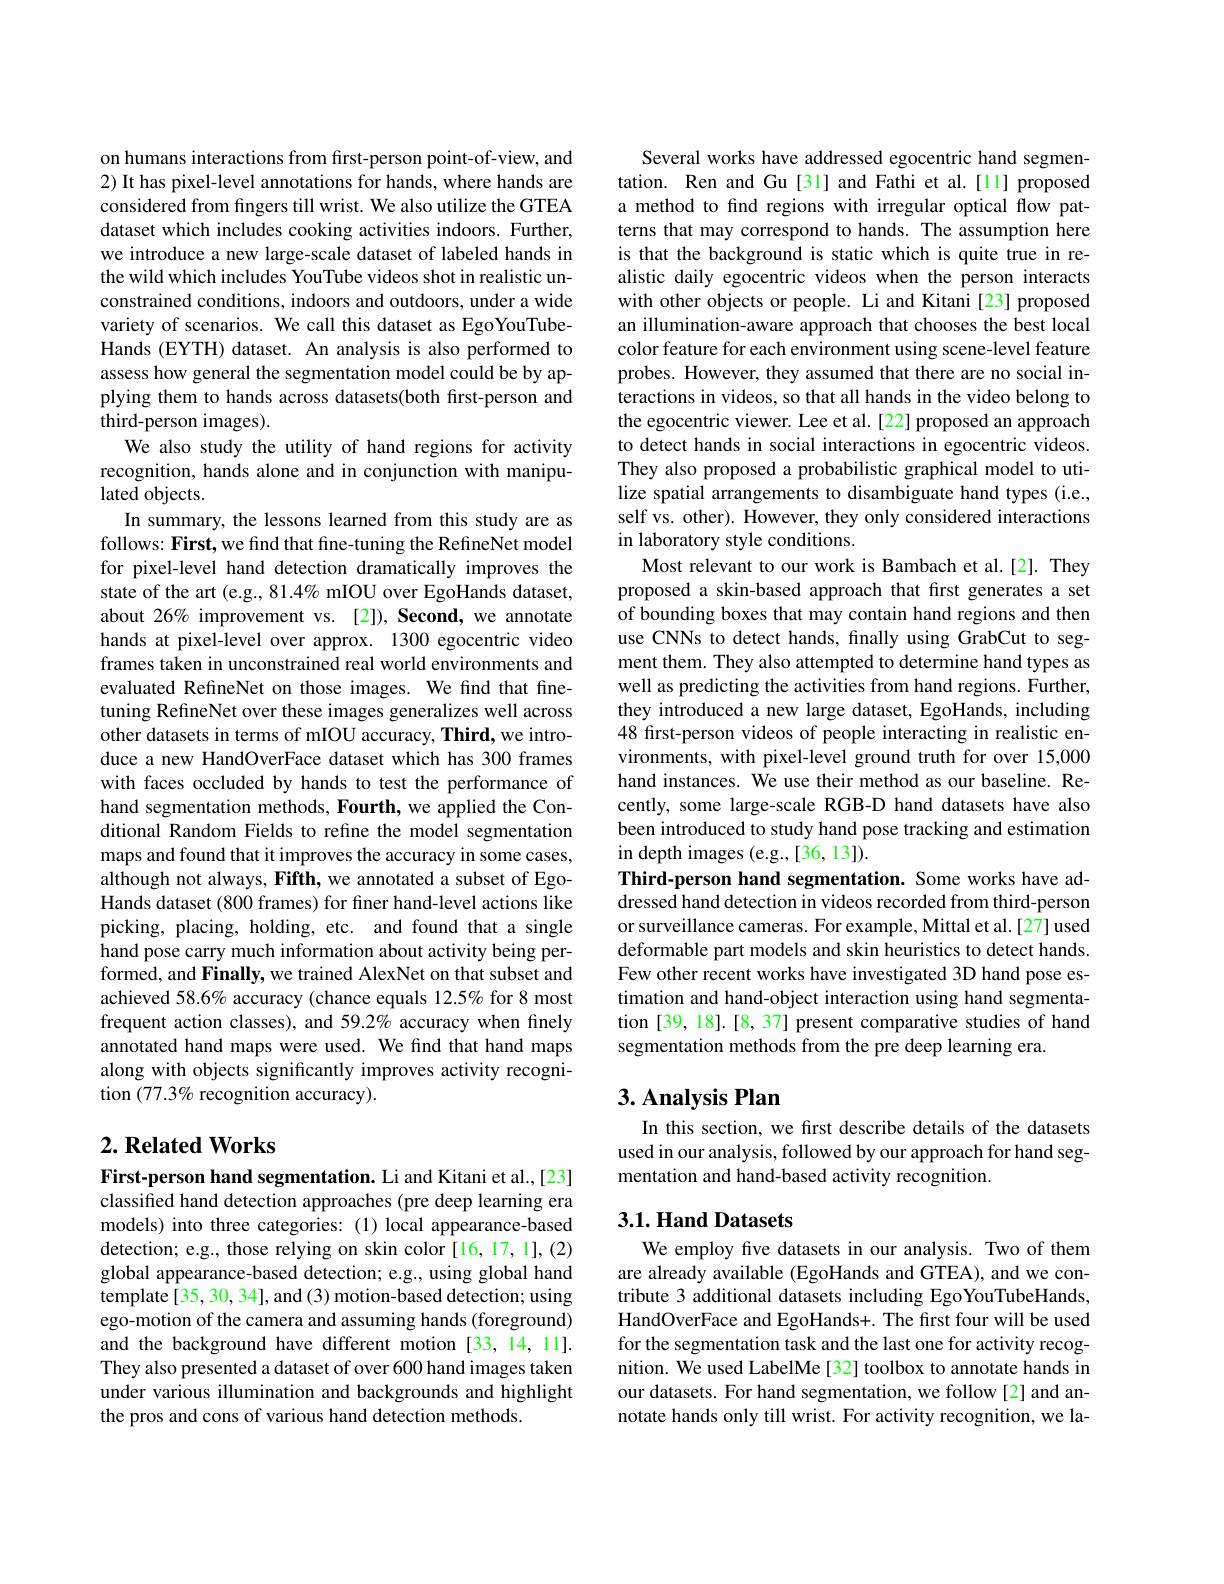
on humans interactions from first-person point-of-view, and 2) It has pixel-level annotations for hands, where hands are considered from fingers till wrist. We also utilize the GTEA dataset which includes cooking activities indoors. Further, we introduce a new large-scale dataset of labeled hands in the wild which includes YouTube videos shot in realistic unconstrained conditions, indoors and outdoors, under a wide variety of scenarios. We call this dataset as EgoYouTubeHands (EYTH) dataset. An analysis is also performed to assess how general the segmentation model could be by applying them to hands across datasets(both frst-person and third-person images).
We also study the utility of hand regions for activity recognition, hands alone and in conjunction with manipulated objects.
In summary, the lessons learned from this study are as follows: First, we find that fine-tuning the RefineNet model for pixel-level hand detection dramatically improves the state of the art (e.g., 81.4% mIOU over EgoHands dataset, about 26% improvement vs.[2]), Second, we annotate hands at pixel-level over approx. 1300 egocentric video frames taken in unconstrained real world environments and evaluated RefineNet on those images. We find that finetuning RefineNet over these images generalizes well across other datasets in terms of mIOU accuracy, Third, we introduce a new HandOverFace dataset which has 300 frames with faces occluded by hands to test the performance of hand segmentation methods, Fourth, we applied the Conditional Random Fields to refine the model segmentation maps and found that it improves the accuracy in some cases, although not always, Fifth, we annotated a subset of EgoHands dataset (800 frames) for finer hand-level actions like picking, placing, holding, etc. and found that a single hand pose carry much information about activity being performed, and Finally, we trained AlexNet on that subset and achieved 58.6% accuracy (chance equals 12.5% for 8 most frequent action classes), and 59.2% accuracy when finely annotated hand maps were used. We find that hand maps along with objects significantly improves activity recognition $(77.3\%$ recognition accuracy).

## $2. \textbf{Related Works}$

First-person hand segmentation. Li and Kitani et al.,[23] classified hand detection approaches (pre deep learning era models) into three categories:(1) local appearance-based detection; e.g., those relying on skin color [16,17,1],(2) global appearance-based detection; e.g., using global hand template[35, 30, 34], and(3) motion-based detection; using ego-motion of the camera and assuming hands (foreground) and the background have different motion [33,14,11]. They also presented a dataset of over 600 hand images taken under various illumination and backgrounds and highlight the pros and cons of various hand detection methods.

Several works have addressed egocentric hand segmentation. Ren and Gu[31] and Fathi et al.[11] proposed a method to find regions with irregular optical flow patterns that may correspond to hands. The assumption here is that the background is static which is quite true in realistic daily egocentric videos when the person interacts with other objects or people. Li and Kitani[23] proposed an illumination-aware approach that chooses the best local color feature for each environment using scene-level feature probes. However, they assumed that there are no social interactions in videos, so that all hands in the video belong to the egocentric viewer. Lee et al.[22] proposed an approach to detect hands in social interactions in egocentric videos. They also proposed a probabilistic graphical model to utilize spatial arrangements to disambiguate hand types (i.e., self vs. other). However, they only considered interactions in laboratory style conditions.
Most relevant to our work is Bambach et al.[2]. They proposed a skin-based approach that first generates a set of bounding boxes that may contain hand regions and then use CNNs to detect hands, finally using GrabCut to segment them. They also attempted to determine hand types as well as predicting the activities from hand regions. Further, they introduced a new large dataset, EgoHands, including 48 first-person videos of people interacting in realistic environments, with pixel-level ground truth for over 15,000 hand instances. We use their method as our baseline. Recently, some large-scale RGB-D hand datasets have also been introduced to study hand pose tracking and estimation in depth images (e.g.,[36,13]).
Third-person hand segmentation. Some works have addressed hand detection in videos recorded from third-person or surveillance cameras. For example, Mittal et al.[27] used deformable part models and skin heuristics to detect hands. Few other recent works have investigated 3D hand pose estimation and hand-object interaction using hand segmentation [39, 18].[8, 37] present comparative studies of hand segmentation methods from the pre deep learning era.

## $3. \textbf{ Analysis Plan}$

In this section, we first describe details of the datasets used in our analysis, followed by our approach for hand segmentation and hand-based activity recognition.

## 3.1. Hand Datasets

We employ five datasets in our analysis. Two of them are already available (EgoHands and GTEA), and we contribute 3 additional datasets including EgoYouTubeHands, HandOverFace and EgoHands+. The first four will be used for the segmentation task and the last one for activity recognition. We used LabelMe [32] toolbox to annotate hands in our datasets. For hand segmentation, we follow[2] and annotate hands only till wrist. For activity recognition, we la-